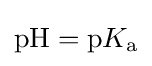
\mathrm {pH} =\mathrm {p} K_{\mathrm {a} }